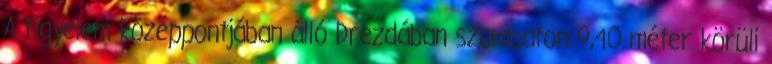
A figyelem középpontjában álló Drezdában szombaton 9,40 méter körüli